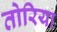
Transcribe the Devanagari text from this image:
तोरिया